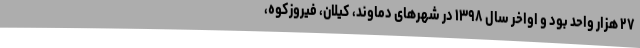
۲۷ هزار واحد بود و اواخر سال ۱۳۹۸ در شهرهای دماوند، کیلان، فیروزکوه،